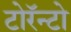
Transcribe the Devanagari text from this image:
टोरॅन्टो